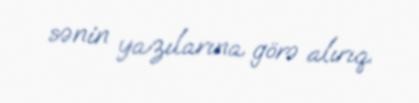
sənin yazılarına görə alırıq.